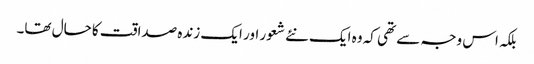
بلکہ اس وجہ سے تھی کہ وہ ایک نئے شعور اور ایک زندہ صداقت کا حال تھا۔